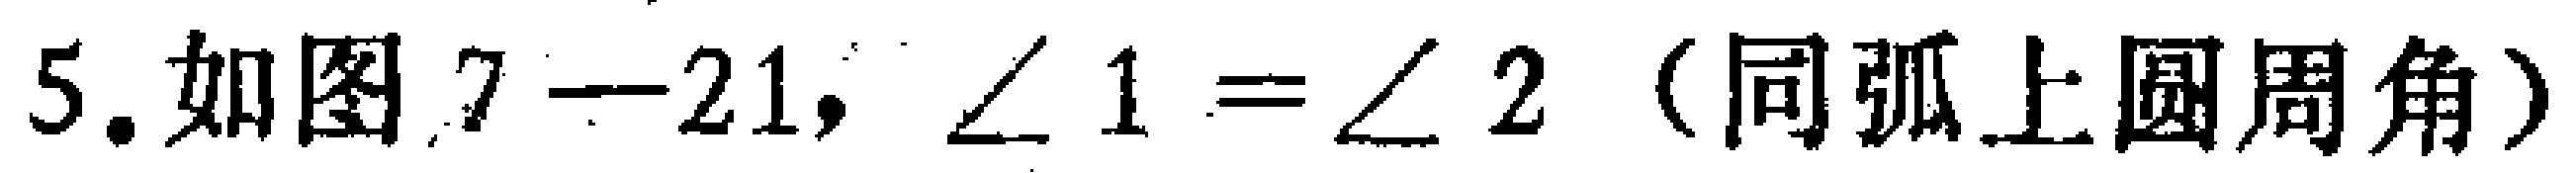
5. 如图7—21, $\angle 1 = \angle 2$（同弧上圆周角）